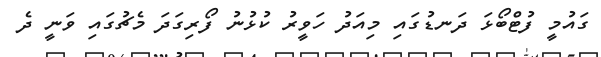
ގައުމީ ފުޓްބޯޅަ ދަނޑުގައި މިއަދު ހަވީރު ކުޅުނު ފޯރިގަދަ މެޗުގައި ވަނީ ދެ